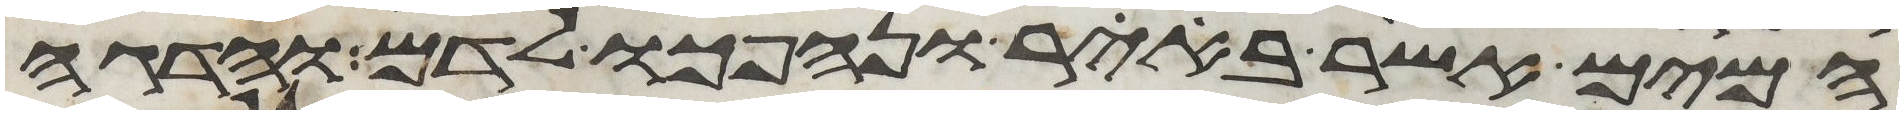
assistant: המים אשר ביאר ונהפכו לדם והדגה